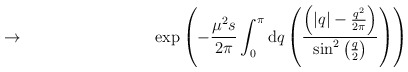
\begin{align*}\to\qquad\qquad\qquad\qquad \exp\left(-\frac{\mu^2s}{2\pi}\int_0^\pi\mathrm{d}q\left(\frac{\left(\left|q\right|-\frac{q^2}{2\pi}\right)}{\sin^2\left(\frac{q}{2}\right)}\right)\right)\end{align*}